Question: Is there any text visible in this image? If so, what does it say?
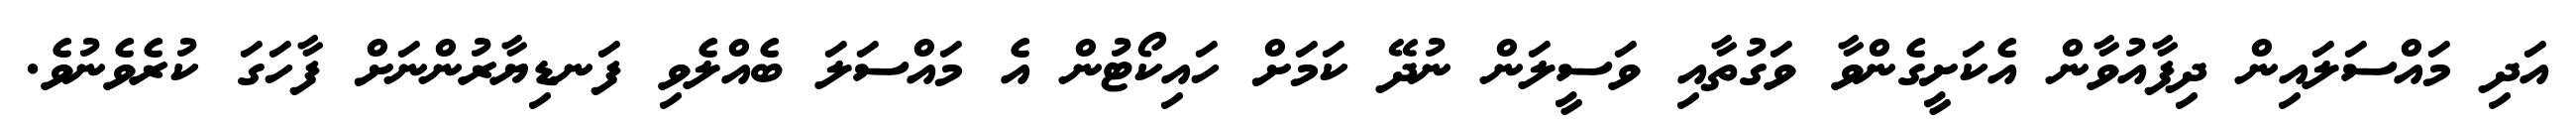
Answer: އަދި މައްސަލައިން ދިފާއުވާން އެކަށީގެންވާ ވަގުތާއި ވަސީލަން ނުދޭ ކަމަށް ހައިކޯޓުން އެ މައްސަލަ ބެއްލެވި ފަނޑިޔާރުންނަށް ފާހަގަ ކުރެވެނުވެ.